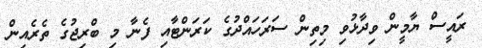
ރައީސް ޔާމީން ވިދާޅުވި މިތިން ސަރަހައްދުގެ ކަރަންޓާއި ފެނާ މި ބްރިޖުގެ ތެރެއިން